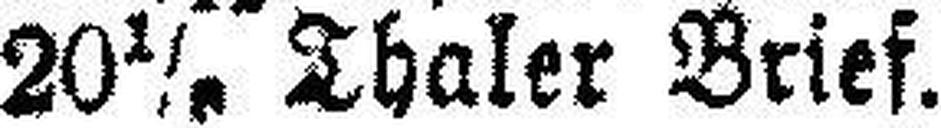
20⅕ Thaler Brief.